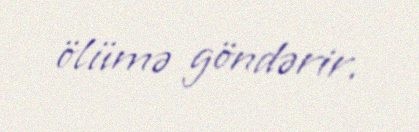
ölümə göndərir.